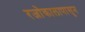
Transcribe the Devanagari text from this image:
रजोकालापासून